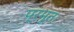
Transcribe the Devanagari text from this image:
प्रभूतः